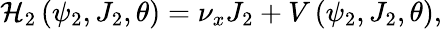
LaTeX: \mathcal{H}_{2}\left(\psi_{2},J_{2},\theta\right)=\nu_{x}J_{2}+V\left(\psi_{2},J_{2},\theta\right),